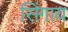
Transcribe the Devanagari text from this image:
सिंगाय